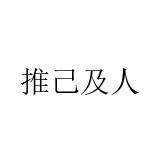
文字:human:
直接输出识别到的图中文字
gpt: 推己及人